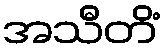
အသီတိံ